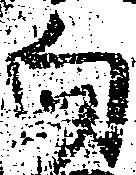
向